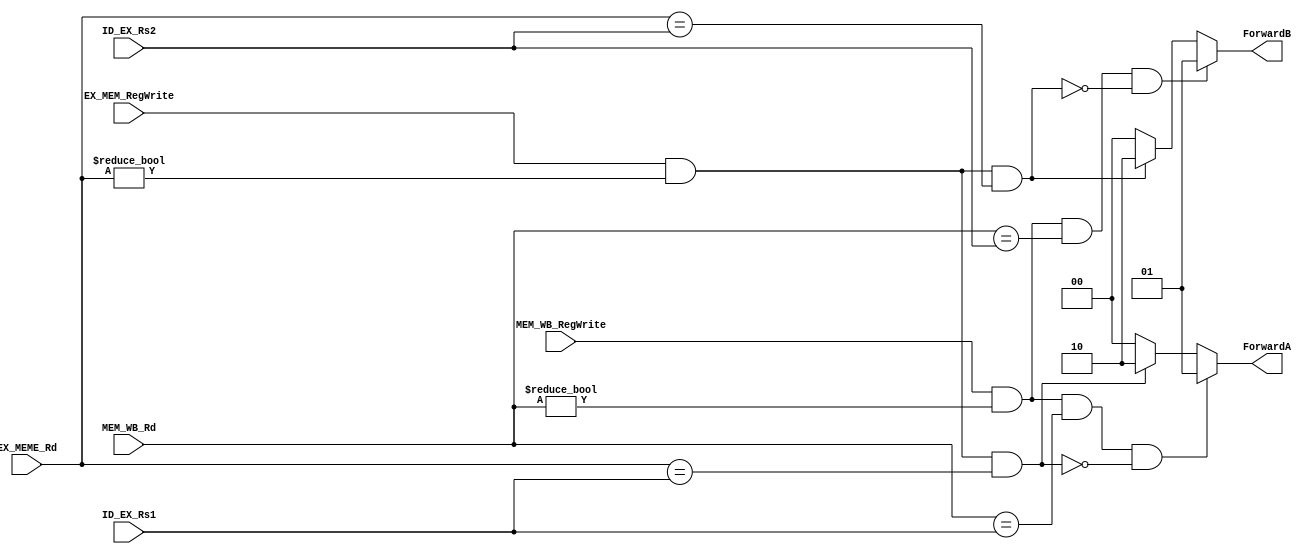
module FU(
        EX_MEM_RegWrite, 
        MEM_WB_RegWrite,
        EX_MEME_Rd,
        MEM_WB_Rd, 
        ID_EX_Rs1,
        ID_EX_Rs2,

        ForwardA,
        ForwardB
);

    input EX_MEM_RegWrite; 
    input MEM_WB_RegWrite;
    input [4:0] EX_MEME_Rd;
    input [4:0] MEM_WB_Rd; 
    input [4:0] ID_EX_Rs1;
    input [4:0] ID_EX_Rs2;

    output reg [1:0] ForwardA;
    output reg [1:0] ForwardB;

    always @(*) begin

        ForwardA = 2'b00;
        ForwardB = 2'b00;
        
        if(EX_MEM_RegWrite == 1 && EX_MEME_Rd != 0 && EX_MEME_Rd == ID_EX_Rs1) begin
            ForwardA = 2'b10;
        end 

        if(EX_MEM_RegWrite == 1 && EX_MEME_Rd != 0 && EX_MEME_Rd == ID_EX_Rs2) begin 
            ForwardB = 2'b10;
        end

        if(MEM_WB_RegWrite == 1 && MEM_WB_Rd != 0 && MEM_WB_Rd == ID_EX_Rs1 && !(EX_MEM_RegWrite == 1 && EX_MEME_Rd != 0 && EX_MEME_Rd == ID_EX_Rs1)) begin
            ForwardA = 2'b01;
        end 

        if(MEM_WB_RegWrite == 1 && MEM_WB_Rd != 0 && MEM_WB_Rd == ID_EX_Rs2 && !(EX_MEM_RegWrite == 1 && EX_MEME_Rd != 0 && EX_MEME_Rd == ID_EX_Rs2)) begin
            ForwardB = 2'b01;
        end 
    end

endmodule